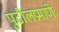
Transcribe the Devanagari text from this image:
पुढीलप्रमाणेः